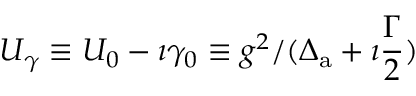
U _ { \gamma } \equiv U _ { 0 } - \imath \gamma _ { 0 } \equiv g ^ { 2 } / ( \Delta _ { \mathrm { a } } + \imath \frac { \Gamma } { 2 } )